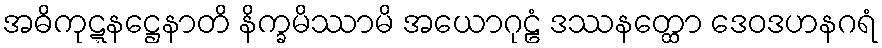
အဓိကုဋ္ဋနဋ္ဌေနာတိ နိက္ခမိဿာမိ အယောဂုဠံ ဒဿနတ္ထော ဒေဝဒဟနဂရံ